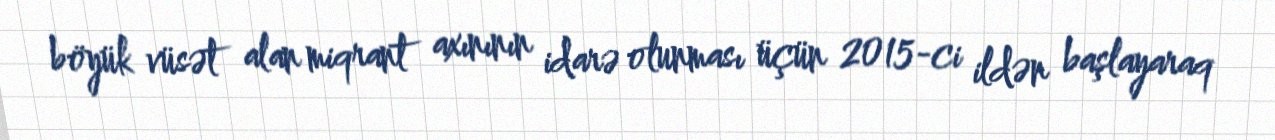
böyük vüsət alan miqrant axınının idarə olunması üçün 2015-ci ildən başlayaraq